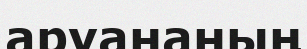
аруананың